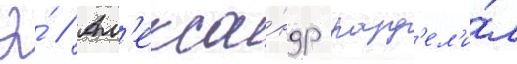
Э́ // Ал'екса́ндр разд'ел'и́л